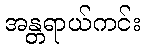
အန္တရာယ်ကင်း